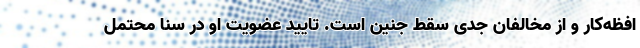
افظه‌کار و از مخالفان جدی سقط جنین است. تایید عضویت او در سنا محتمل